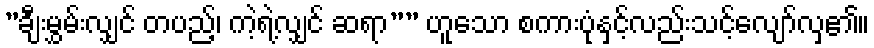
”ချီးမွှမ်းလျှင် တပည့်၊ ကဲ့ရဲ့လျှင် ဆရာ”” ဟူသော စကားပုံနှင့်လည်းသင့်လျော်လှ၏။